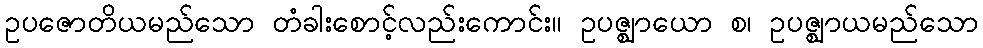
ဥပဇောတိယမည်သော တံခါးစောင့်လည်းကောင်း။ ဥပဇ္ဈာယော စ၊ ဥပဇ္ဈာယမည်သော